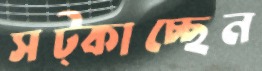
সট্‌কাচ্ছেন